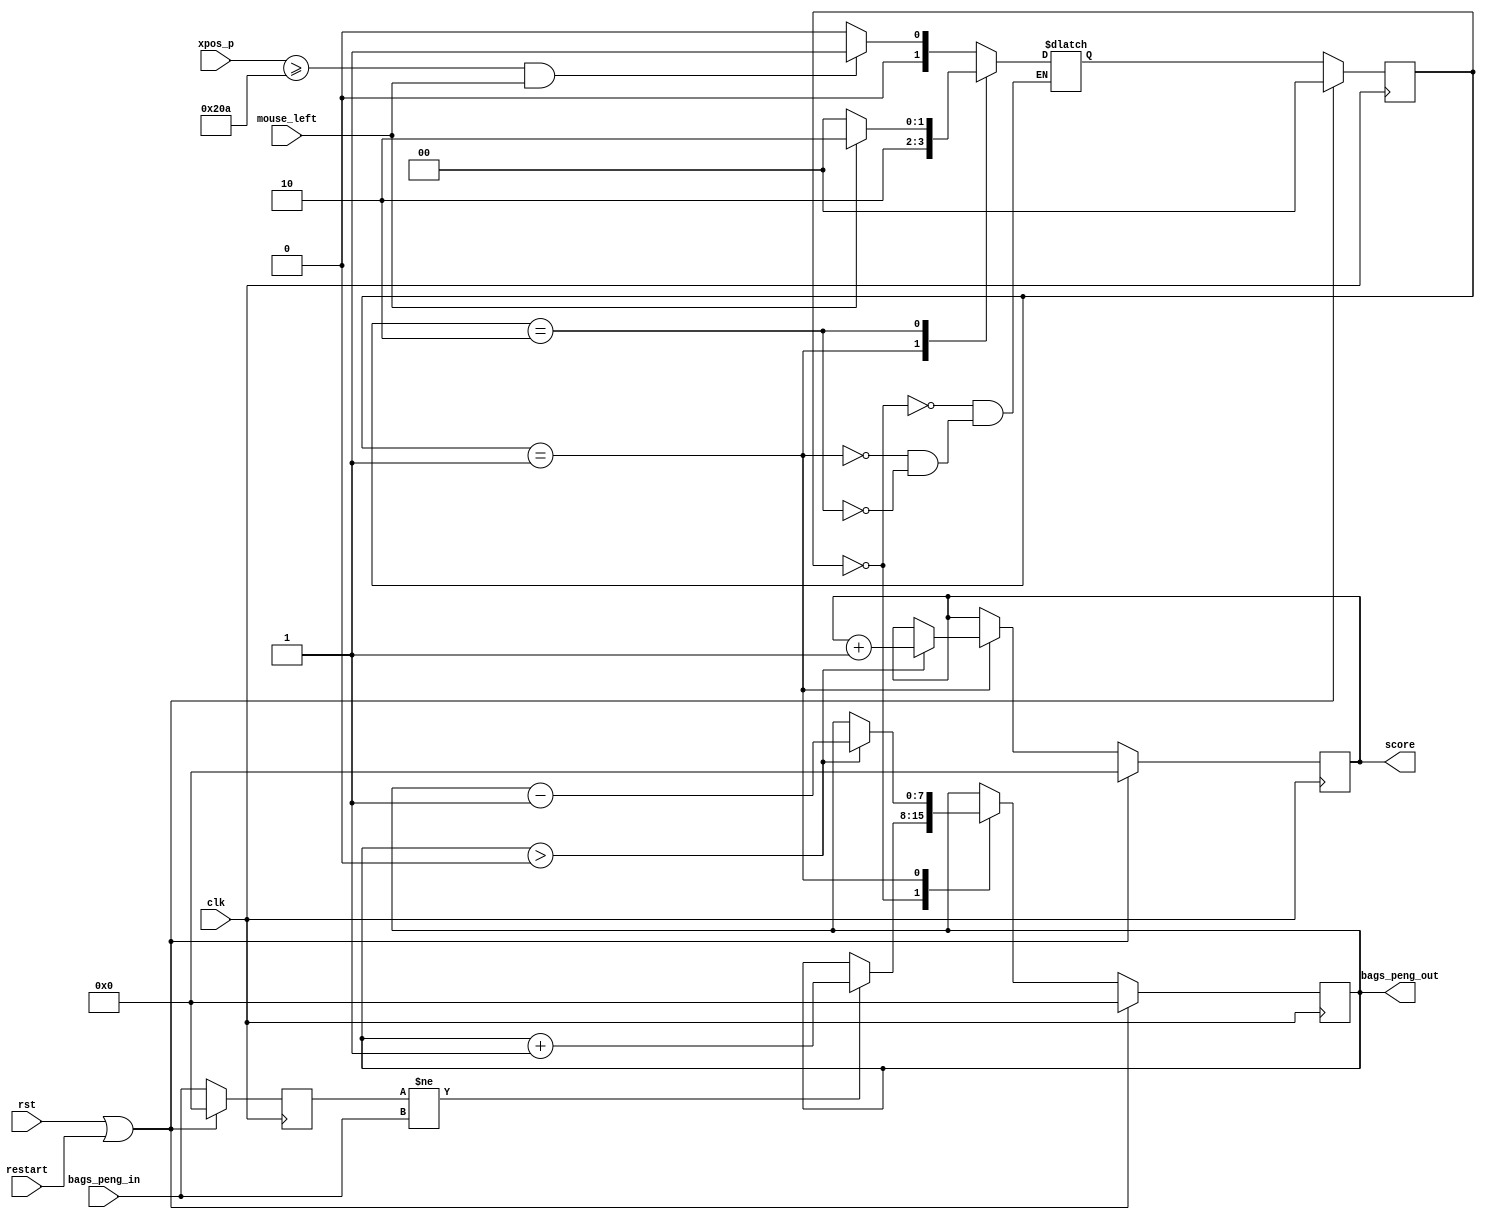
module peng_bags_ctl(
  input wire clk,
  input wire rst,
  input wire restart,
  input wire [11:0] xpos_p,
  input wire mouse_left,
  input wire [7:0] bags_peng_in,
  //input wire [9:0] ypos_p,
  
  output reg [7:0] bags_peng_out,
  output reg [7:0] score
   );
   
   localparam   PENG_WIDTH  = 128,
                XPOS_END    = 650,
                STATE_SIZE  = 2,
                
                STATE_IDLE  = 2'b00,
                STATE_CLICK = 2'b01,
                STATE_WAIT  = 2'b10;
                
   reg [7:0] bags_peng_nxt = 0, bags_peng_temp = 0, score_nxt = 0;
   reg [STATE_SIZE -1:0] state = 2'b00, state_nxt = 2'b00;
   
    always @(posedge clk) begin
        if(rst || restart) begin
            bags_peng_out <= 0;
            bags_peng_temp <= 0;
            state <= STATE_IDLE;
            score <= 0;
        end
        else begin
            bags_peng_out <= bags_peng_nxt;
            bags_peng_temp <= bags_peng_in;
            state <= state_nxt;
            score <= score_nxt;
        end
    end   
    
     always @*
                 begin
                     case(state)
                         STATE_IDLE: state_nxt = (xpos_p >= (XPOS_END - PENG_WIDTH) && mouse_left) ? STATE_CLICK : STATE_IDLE;
                         STATE_CLICK: state_nxt = STATE_WAIT;
                         STATE_WAIT: state_nxt = (!mouse_left) ? STATE_IDLE : STATE_WAIT;
                     endcase
                 end
                 
                 
                 
     always @* 
                 begin
                            bags_peng_nxt = bags_peng_out;
                            score_nxt = score;
                                
                                case(state)
                                    STATE_IDLE:  
                                        begin    
                                            if (bags_peng_temp != bags_peng_in)
                                                bags_peng_nxt = bags_peng_out + 1;
                                         end       
                                    STATE_CLICK:
                                        begin
                                            if (bags_peng_nxt > 0) begin
                                                bags_peng_nxt = bags_peng_out - 1;
                                                score_nxt = score + 1;
                                            end
                                        end
                                    STATE_WAIT: begin
                                                end
                                     
                                endcase
                        end
endmodule